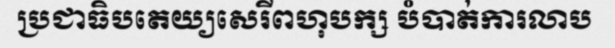
ប្រជាធិបតេយ្យសេរីពហុបក្ស បំបាត់ការលាប